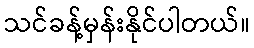
သင်ခန့်မှန်းနိုင်ပါတယ်။